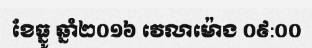
ខែធ្នូ ឆ្នាំ២០១៦ វេលាម៉ោង ០៩:០០